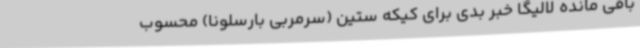
باقی مانده لالیگا خبر بدی برای ‌کیکه ستین (سرمربی بارسلونا) محسوب